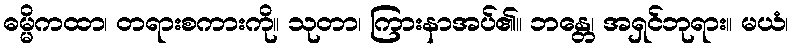
ဓမ္မိကထာ၊ တရားစကားကို။ သုတာ၊ ကြားနာအပ်၏။ ဘန္တေ၊ အရှင်ဘုရား။ မယံ၊